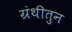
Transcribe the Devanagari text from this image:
ग्रंथीतुन